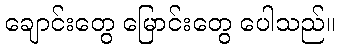
ချောင်းတွေ မြောင်းတွေ ပေါသည်။